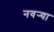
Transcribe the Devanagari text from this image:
नवर्‍या